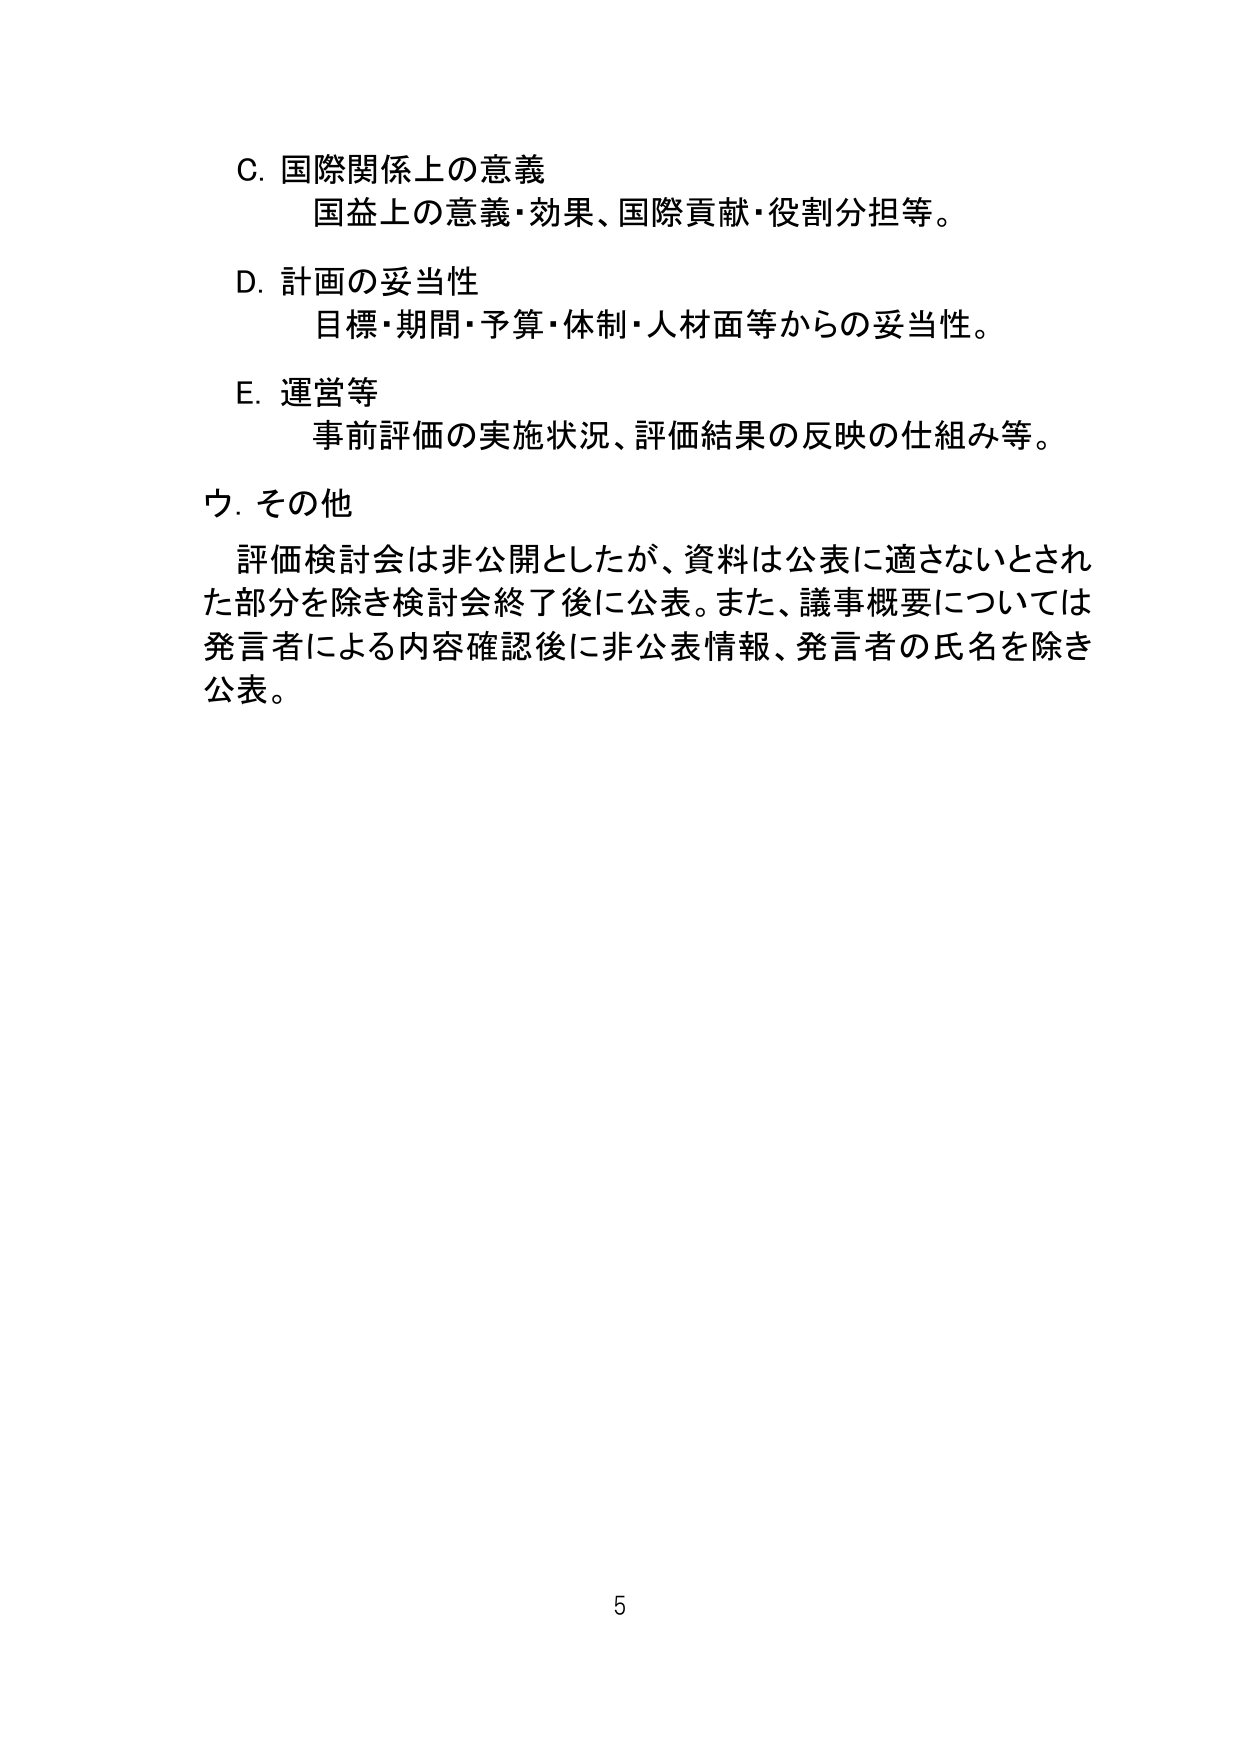
C. 国際関係上の意義
国益上の意義・効果、国際貢献・役割分担等。

D. 計画の妥当性
目標・期間・予算・体制・人材面等からの妥当性。

E. 運営等
事前評価の実施状況、評価結果の反映の仕組み等。

ウ. その他
評価検討会は非公開としたが、資料は公表に適さないとされた部分を除き検討会終了後に公表。また、議事概要については発言者による内容確認後に非公表情報、発言者の氏名を除き公表。

5